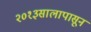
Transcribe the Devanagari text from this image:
२०१३सालापासून